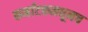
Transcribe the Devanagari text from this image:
कर्नाटकमधूनच